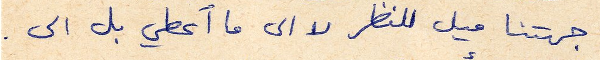
جهتنا ميل للنظر لا الى ما أعطي بل الى.